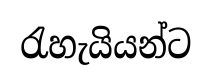
රැහැයියන්ට